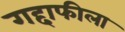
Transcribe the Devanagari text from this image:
गद्दाफीला